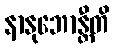
နာနုဘောန္တီတိ